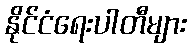
နိုင်ငံရေးပါတီများ